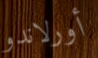
أورلاندو